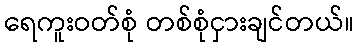
ရေကူးဝတ်စုံ တစ်စုံငှားချင်တယ်။